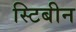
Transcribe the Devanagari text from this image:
स्टिबीन